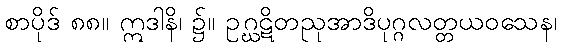
စာပိုဒ် ၈၈။ ဣဒါနိ၊ ၌။ ဥဂ္ဃဋိတညုအာဒိပုဂ္ဂလတ္တယဝသေန၊